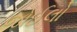
જોઈલો